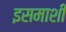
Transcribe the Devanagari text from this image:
इसमाशी